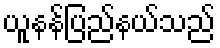
ယူနန်ပြည်နယ်သည်